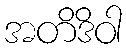
အတိဒိဝါ